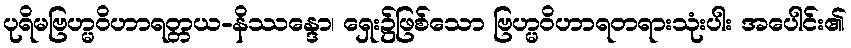
ပုရိမဗြဟ္မဝိဟာရတ္တယ-နိဿန္ဒော၊ ရှေး၌ဖြစ်သော ဗြဟ္မဝိဟာရတရားသုံးပါး အပေါင်း၏